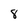
Character: 8